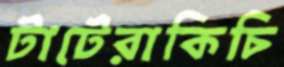
টাটেরাকিচি